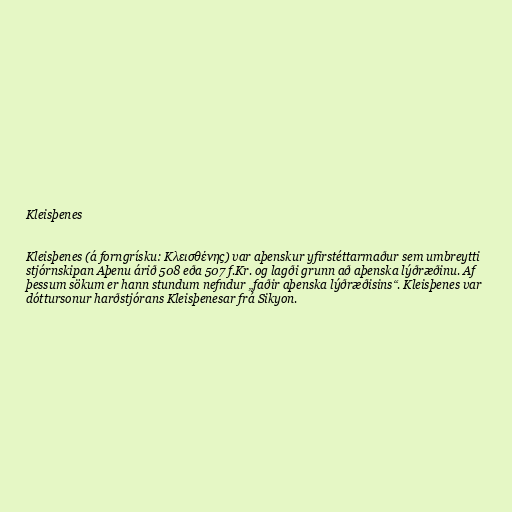
Kleisþenes

Kleisþenes (á forngrísku: Κλεισθένης) var aþenskur yfirstéttarmaður sem umbreytti
stjórnskipan Aþenu árið 508 eða 507 f.Kr. og lagði grunn að aþenska lýðræðinu. Af
þessum sökum er hann stundum nefndur „faðir aþenska lýðræðisins“. Kleisþenes var
dóttursonur harðstjórans Kleisþenesar frá Sikyon.